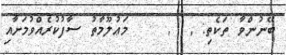
ބޭނުންވާ ތަކެތި: